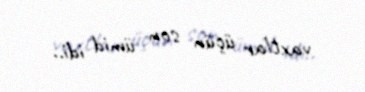
vaxtlar üçün son ümid idi..